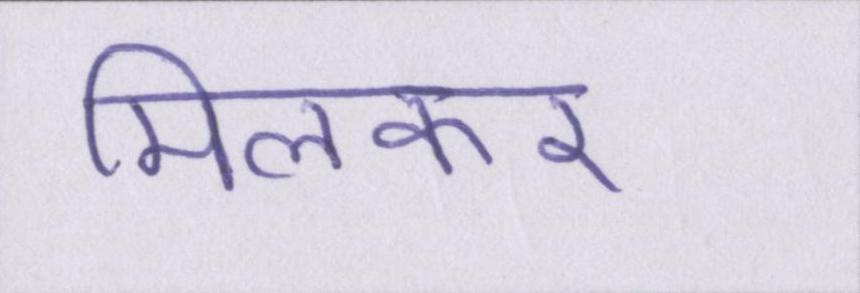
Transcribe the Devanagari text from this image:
मिलकर